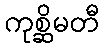
ကုစ္ဆိမတီ